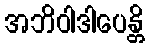
အဘိဝါဒါပေန္တိ